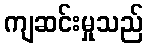
ကျဆင်းမှုသည်